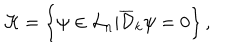
{ \cal H } = \left\{ \psi \in { \cal L } _ { n } | { \overline { { { \cal D } } } } _ { k } \psi = 0 \right\} ,